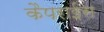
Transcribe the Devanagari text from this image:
कैपराईस